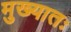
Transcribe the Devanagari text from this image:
मुख्यातः